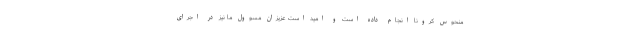
منحوس کرونا انجام داده است و امید است عزیزان مسوول ما نیز در اجرای